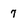
Character: 7